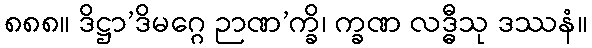
၈၈၈။ ဒိဋ္ဌာ’ဒိမဂ္ဂေ ဉာဏ’က္ခိ၊ က္ခဏ လဒ္ဓီသု ဒဿနံ။